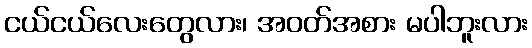
ငယ်ငယ်လေးတွေလား၊ အဝတ်အစား မပါဘူးလား